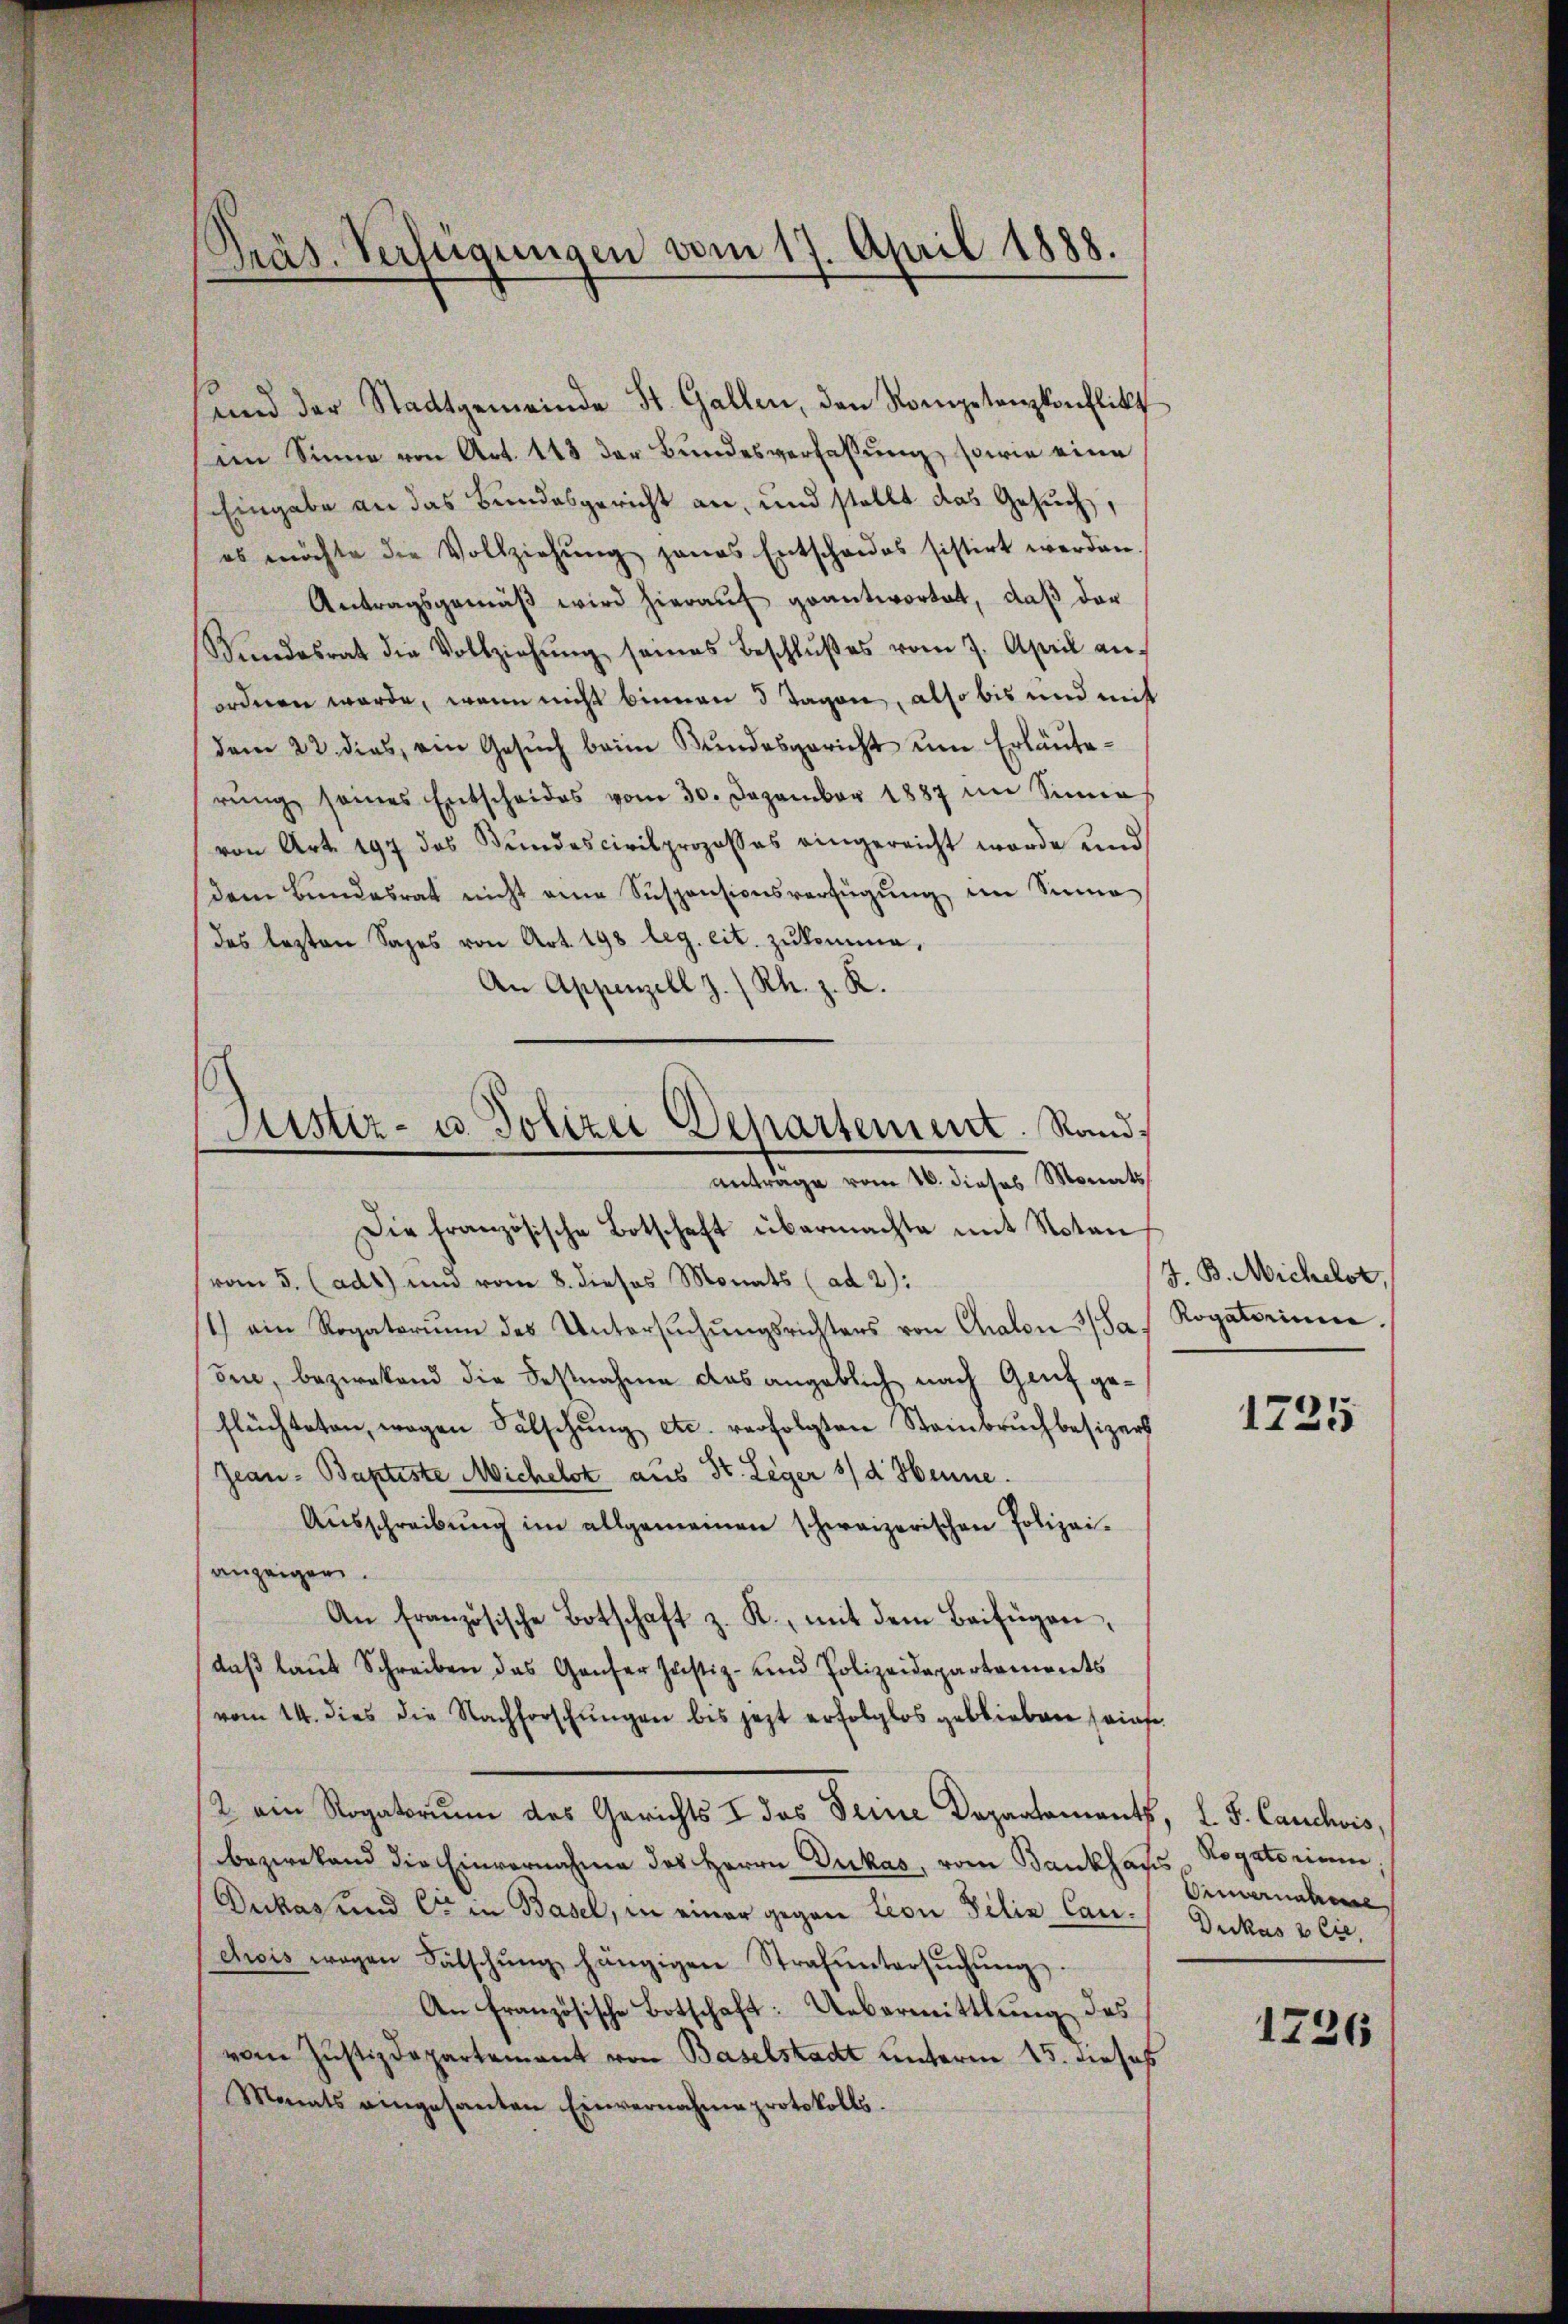
Präs. Verfügungen vom 17. April 1888.

und der Stadtgemeinde St. Gallen, den Kompetenzkonflikt
im Sinne von Art. 143 der Bundesverfaßung, sowie eine
Eingabe an das Bundesgericht an, und stellt das Gesuch,
es möchte die Vollziehŭng hanas Entscheides sistirt werden.
Antragsgemäβ wird hierauf geantwortet, daß der
Kindesrat die Vollziehŭng seines Beschlŭβes vom 7. April an
ordnen werde, wenn nicht binnen 3 Tagen, also bis und mit
dem 22. dies, ein Gesŭch beim Bundesgericht um Erläuterŭng seines Entscheides vom 30. Dezember 1887 im Sinne
von Art. 197 des Bundescivilprozesses eingereicht worde und
dem Bŭndesrat nicht eine Suspensionsverfügŭng im Sinne
des lezten Sages von Art. 198 leg. cit. zukomme,
An Appenzell z. /Rh. z. R.
Die französische Botschaft übermachte mit Notan
vom 5. (adt) und vom 8. dieses Monats (ad 2):
1) ein Rogatorium des Untersŭchŭngsrichters von Chalon 3/Sa Rogatorinne.
oin, bezwekend die Festnahme das angeblich nach Genf geflüchteten, wegen Fälschung etc. verfolgten Steinbruchbesizers
Jean - Baptiste Michelst aus St. Leger 8/ d Henne.
Aŭsschreibŭng im allgemeinen schweizerischen Polizei-
anzeigen.
An französische Botschaft z. K., mit dem Beifügen,
daß laut Schreiben das Ganter Justiz- und Polizeidepartements
vom 14. dies die Nachforschŭngen bis jetzt erfolglos geblieben seine
2 ein Rogatorum des Gerichts & das Deine Departements, L. S. Cancleris,
bezwekend die Einvernahme des Herrn Dukas, vom Bankhaus Rogatorium
Dukas und Cor in Basel, in einer gegen tion Filia Cancwis wegen Fälschŭng hängigen Strafŭntersŭchŭng.
An französische Botschaft: Uebermittlung des
vom Justizdepartement von Baselstadt unterm 15. dieses
Monats eingesanten Einvernahme protokolls.

Justiz- u. Polizei Departement. Stand,
anträge vom 16. dieses Monats

J. B. Michelt,

3

1725

Ormernahme
Dukas & Cie.

1726